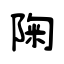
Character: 陱